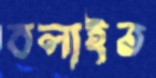
বলাইত